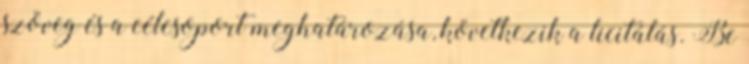
szöveg és a célcsoport meghatározása, következik a licitálás. Be